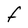
Character: F